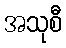
အသုစီ